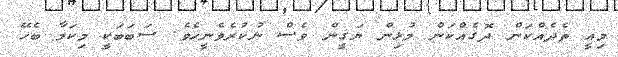
މިއީ ތެދެއްކަން ދޮގެއްކަން މުޅިން ޔަގީން ވެސް ނުކުރެވެނީހެވެ. ސަބަބަކީ މިކަމާ ބެހޭ